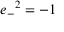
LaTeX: { e _ { - } } ^ { 2 } = - 1